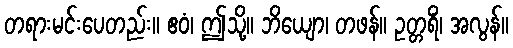
တရားမင်းပေတည်း။ ဧဝံ၊ ဤသို့။ ဘိယျော၊ တဖန်။ ဥတ္တရိံ၊ အလွန်။